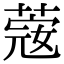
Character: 𦸅